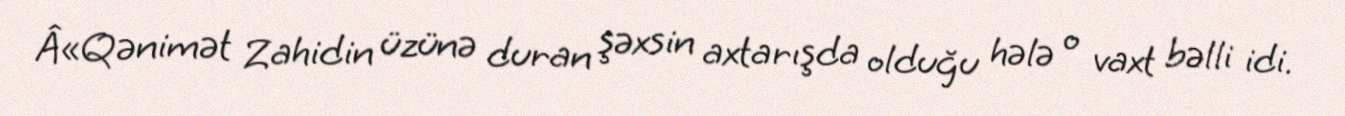
Â«Qənimət Zahidin üzünə duran şəxsin axtarışda olduğu hələ o vaxt bəlli idi.